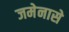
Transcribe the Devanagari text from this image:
जमेनासे